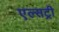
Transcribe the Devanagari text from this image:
एल्सट्री